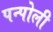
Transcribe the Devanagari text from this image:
पन्पोली